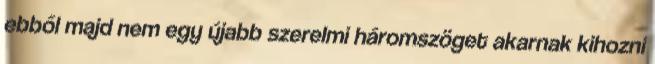
ebből majd nem egy újabb szerelmi háromszöget akarnak kihozni